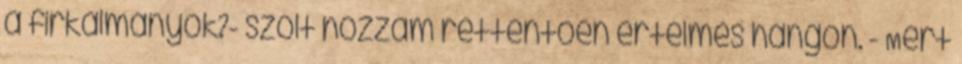
a firkálmányok?- szólt hozzám rettentően értelmes hangon. - Mert